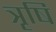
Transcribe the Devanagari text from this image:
त्रृषि